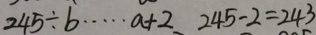
2 4 5 \div b \cdots a + 2 2 4 5 - 2 = 2 4 3